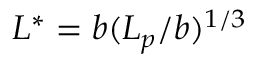
L ^ { * } = b ( L _ { p } / b ) ^ { 1 / 3 }